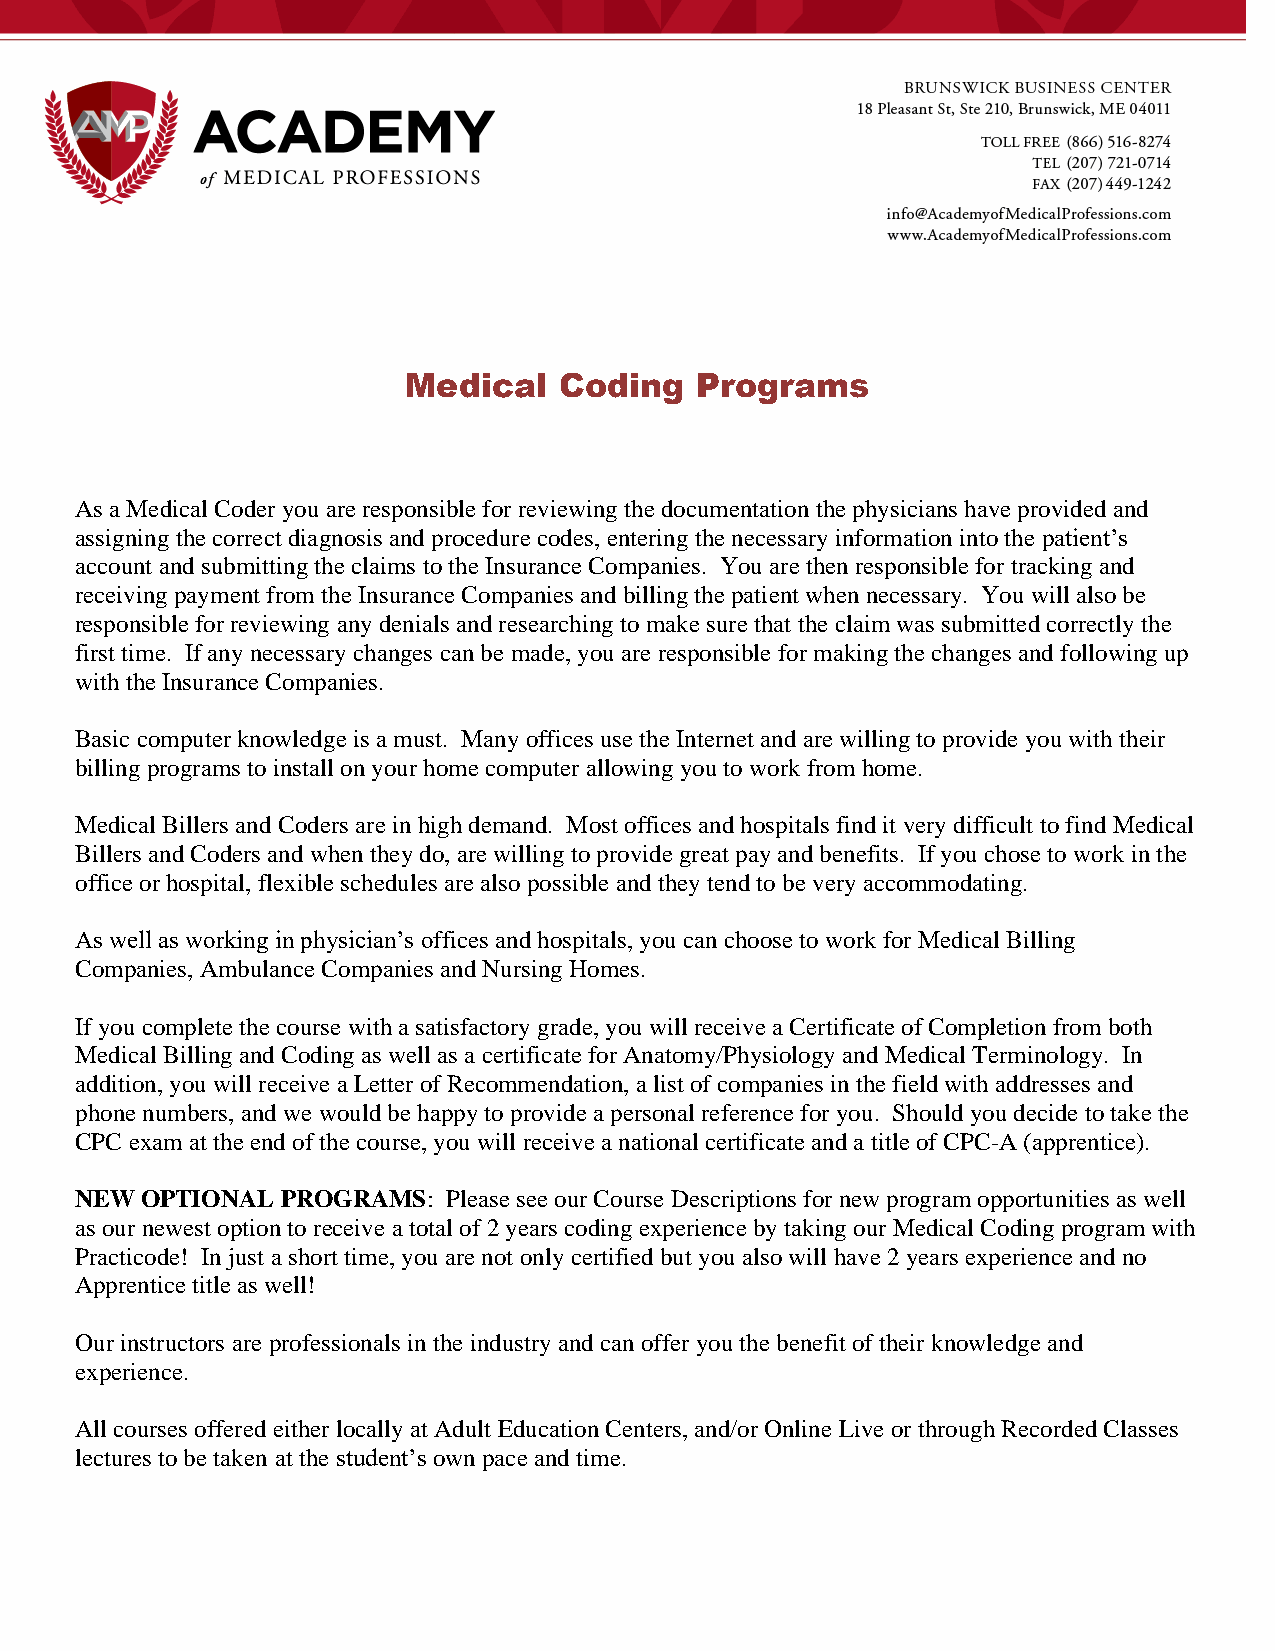
Medical   Coding   Programs
 As a Medical Coder you are responsible for reviewing the documentation the physicians have provided and
 assigning the correct diagnosis and procedure codes, entering the necessary information into the patient’s
 account and submitting the claims to the Insurance Companies. You are then responsible for tracking and
 receiving payment from the Insurance Companies and billing the patient when necessary. You will also be
 responsible for reviewing any denials and researching to make sure that the claim was submitted correctly the
 first time. If any necessary changes can be made, you are responsible for making the changes and following up
 with the Insurance Companies.
 Basic computer knowledge is a must. Many offices use the Internet and are willing to provide you with their
 billing programs to install on your home computer allowing you to work from home.
 Medical Billers and Coders are in high demand. Most offices and hospitals find it very difficult to find Medical
 Billers and Coders and when they do, are willing to provide great pay and benefits. If you chose to work in the
 office or hospital, flexible schedules are also possible and they tend to be very accommodating.
 As well as working in physician’s offices and hospitals, you can choose to work for Medical Billing
 Companies, Ambulance Companies and Nursing Homes.
 If you complete the course with a satisfactory grade, you will receive a Certificate of Completion from both
 Medical Billing and Coding as well as a certificate for Anatomy/Physiology and Medical Terminology. In
 addition, you will receive a Letter of Recommendation, a list of companies in the field with addresses and
 phone numbers, and we would be happy to provide a personal reference for you. Should you decide to take the
 CPC exam at the end of the course, you will receive a national certificate and a title of CPC-A (apprentice).
 NEW OPTIONAL  PROGRAMS:  Please see our Course Descriptions for new program opportunities as well
 as our newest option to receive a total of 2 years coding experience by taking our Medical Coding program with
 Practicode! In just a short time, you are not only certified but you also will have 2 years experience and no
 Apprentice title as well!
 Our instructors are professionals in the industry and can offer you the benefit of their knowledge and
 experience.
 All courses offered either locally at Adult Education Centers, and/or Online Live or through Recorded Classes
 lectures to be taken at the student’s own pace and time.